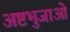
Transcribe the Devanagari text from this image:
अष्टभुजाओं